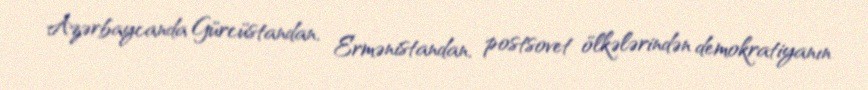
Azərbaycanda Gürcüstandan, Ermənistandan, postsovet ölkələrindən demokratiyanın